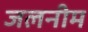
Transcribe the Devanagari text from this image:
जलनीम